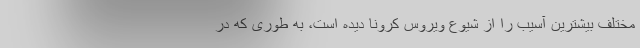
مختلف بیشترین آسیب را از شیوع ویروس کرونا دیده است، به طوری که در